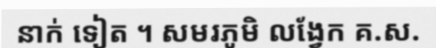
នាក់ ទៀត ។ សមរភូមិ លង្វែក គ.ស.